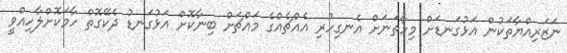
ނަޒަރިއްޔާތަކުން އަޅުގަނޑަށް މިހާތަނަށް އެނގިހުރި އެއްޗެއްގެ މައްޗަށް ބިނާކޮށް އަޅުގަނޑު ދެކޭގޮތް ހާމަކޮށްލާހިއްވީ